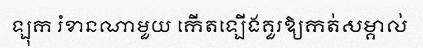
ឡុក រំខានណាមួយ កើតឡើងគួរឱ្យកត់សម្គាល់